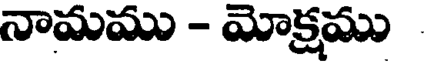
నామము - మోక్షము